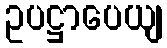
ဥပဋ္ဌာပေယျ